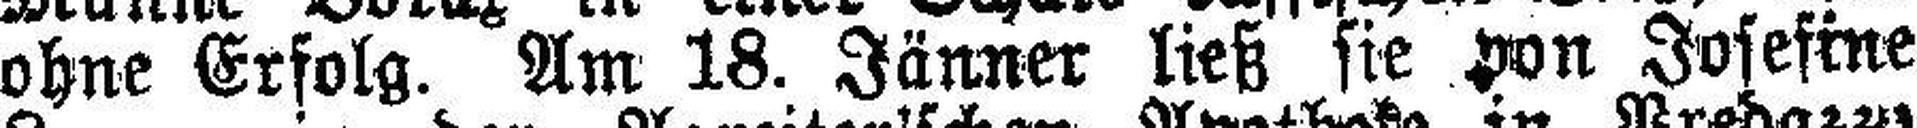
ohne Erfolg. Am 18. Jänner ließ sie von Josefine